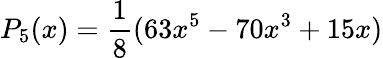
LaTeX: P_{5}(x)=\frac{1}{8}(63x^{5}-70x^{3}+15x)